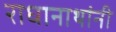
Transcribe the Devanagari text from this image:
राधानाथांनी